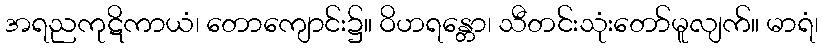
အရညကုဋိကာယံ၊ တောကျောင်း၌။ ဝိဟရန္တော၊ သီတင်းသုံးတော်မူလျက်။ မာရံ၊